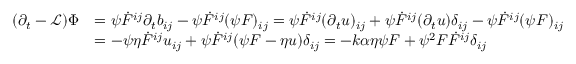
\begin{array} { r l } { ( \partial _ { t } - \mathcal { L } ) \Phi } & { = \psi \dot { F } ^ { i j } \partial _ { t } b _ { i j } - \psi \dot { F } ^ { i j } ( \psi F ) _ { i j } = \psi \dot { F } ^ { i j } ( \partial _ { t } u ) _ { i j } + \psi \dot { F } ^ { i j } ( \partial _ { t } u ) \delta _ { i j } - \psi \dot { F } ^ { i j } ( \psi F ) _ { i j } } \\ & { = - \psi \eta \dot { F } ^ { i j } u _ { i j } + \psi \dot { F } ^ { i j } ( \psi F - \eta u ) \delta _ { i j } = - k \alpha \eta \psi F + \psi ^ { 2 } F \dot { F } ^ { i j } \delta _ { i j } } \end{array}